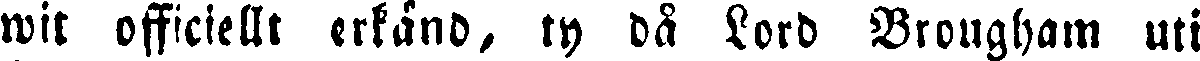
wit officiellt erkänd, ty då Lord Brougham uti